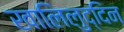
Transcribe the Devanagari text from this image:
खालिलुद्दिन